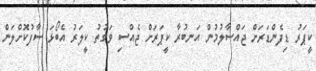
ކީޕަރު ޑިފެންޑަރަށް ޖައްސާލުމުން އަނބުރާ ކީޕަރަށް ޖެއްސި ވަގުތު ކީލަރު އެބޯޅަ ސާފުކޮށްލަން